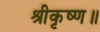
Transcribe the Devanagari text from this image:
श्रीकृष्ण॥